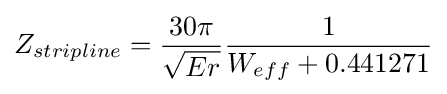
{\begin{aligned}Z_{stripline}&={\frac {30\pi }{\sqrt {Er}}}{\frac {1}{W_{eff}+0.441271}}\\\end{aligned}}